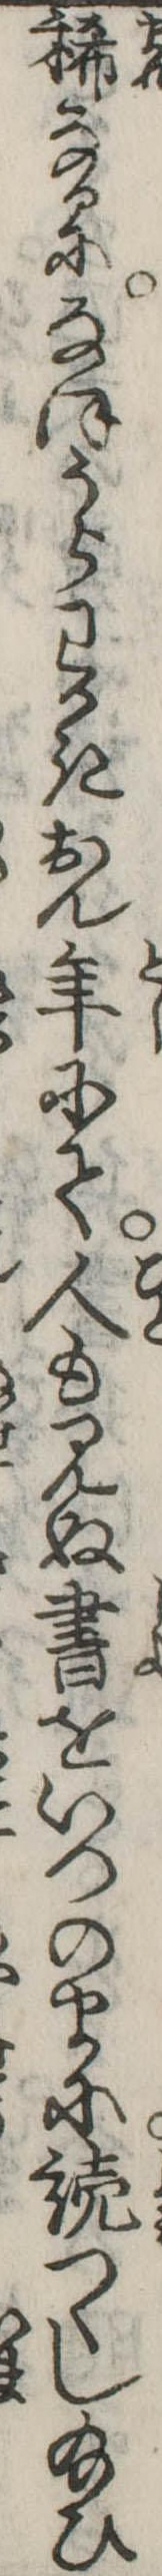
稀なるになほうらわかきおん年にて人も見ぬ書をいつのまに読つくし給ひ